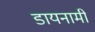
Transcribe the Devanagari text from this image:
डायनामी